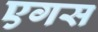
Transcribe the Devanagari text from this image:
एगस